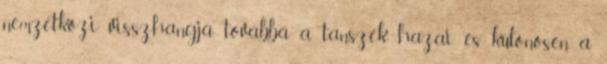
nemzetközi visszhangja, továbbá a tanszék hazai és különösen a